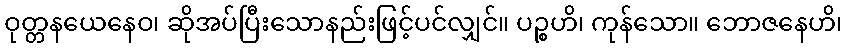
ဝုတ္တနယေနေဝ၊ ဆိုအပ်ပြီးသောနည်းဖြင့်ပင်လျှင်။ ပဉ္စဟိ၊ ကုန်သော။ ဘောဇနေဟိ၊